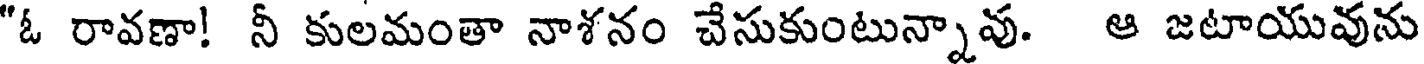
"ఓ రావణా! నీ కులమంతా నాశనం చేసుకుంటున్నావు. ఆ జటాయువును